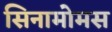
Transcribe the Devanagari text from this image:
सिनामोमस